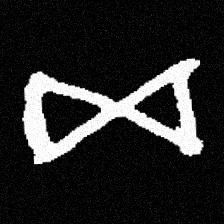
Pyu character \u2014 Myanmar letter: ဆ (romanized: cha)